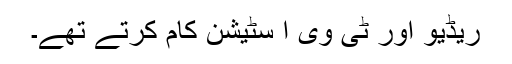
ریڈیو اور ٹی وی ا سٹیشن کام کرتے تھے۔